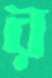
র